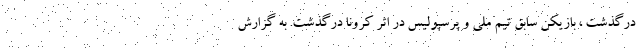
درگذشت ، بازیکن سابق تیم ملی و پرسپولیس در اثر کرونا درگذشت. به گزارش